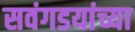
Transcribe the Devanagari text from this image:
सवंगडयांच्या